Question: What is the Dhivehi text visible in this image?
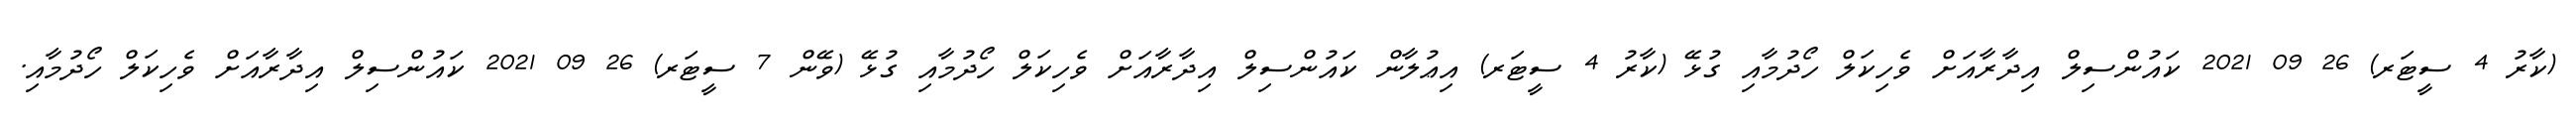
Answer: (ކާރު 4 ސީޓަރ) 26 09 2021 ކައުންސިލް އިދާރާއަށް ވެހިކަލް ހޯދުމާއި ގުޅޭ (ކާރު 4 ސީޓަރ) އިޢުލާން ކައުންސިލް އިދާރާއަށް ވެހިކަލް ހޯދުމާއި ގުޅޭ (ވޭން 7 ސީޓަރ) 26 09 2021 ކައުންސިލް އިދާރާއަށް ވެހިކަލް ހޯދުމާއި.